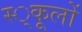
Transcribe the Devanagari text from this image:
स्‍्कूलों